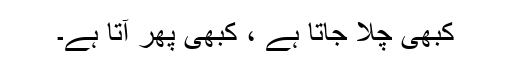
کبھی چلا جاتا ہے ، کبھی پھر آتا ہے۔